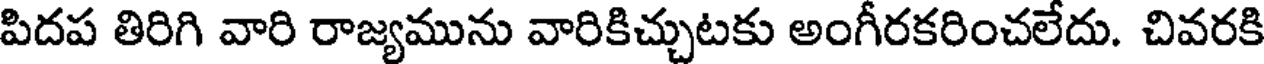
పిదప తిరిగి వారి రాజ్యమును వారికిచ్చుటకు అంగీరకరించలేదు. చివరకి